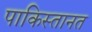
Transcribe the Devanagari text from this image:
पाकिस्तानत